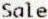
SALE